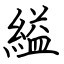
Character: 縊